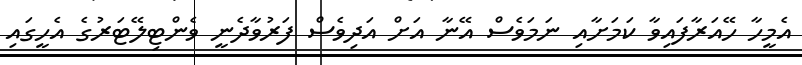
އެމީހާ ހޭއަރާފައިވާ ކަމަށާއި ނަމަވެސް އޭނާ އަށް އަދިވެސް ފަރުވާދެނީ ވެންޓިލޭޓަރުގެ އެހީގައި